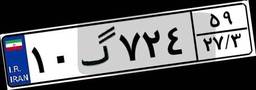
۱۰گ۷۲۴۵۹